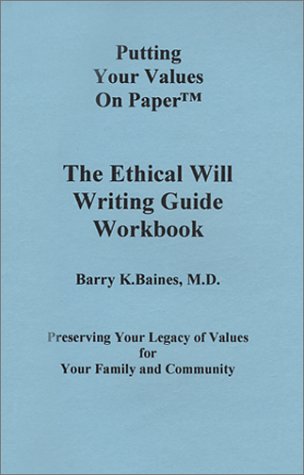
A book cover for The Ethical Will Writing Guide Workbook; Barry K. Baines; Law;